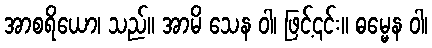
အာစရိယော၊ သည်။ အာမိ သေန ဝါ၊ ဖြင့်၎င်း။ ဓမ္မေန ဝါ၊